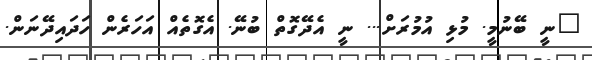
"ނީ ބޭނުމީ. މުޅި އުމުރަށް... ނީ އެދޭގޮތް ބުނޭ. އެގޮތެއް އަހަރެން ހަދައިދޭނަން.